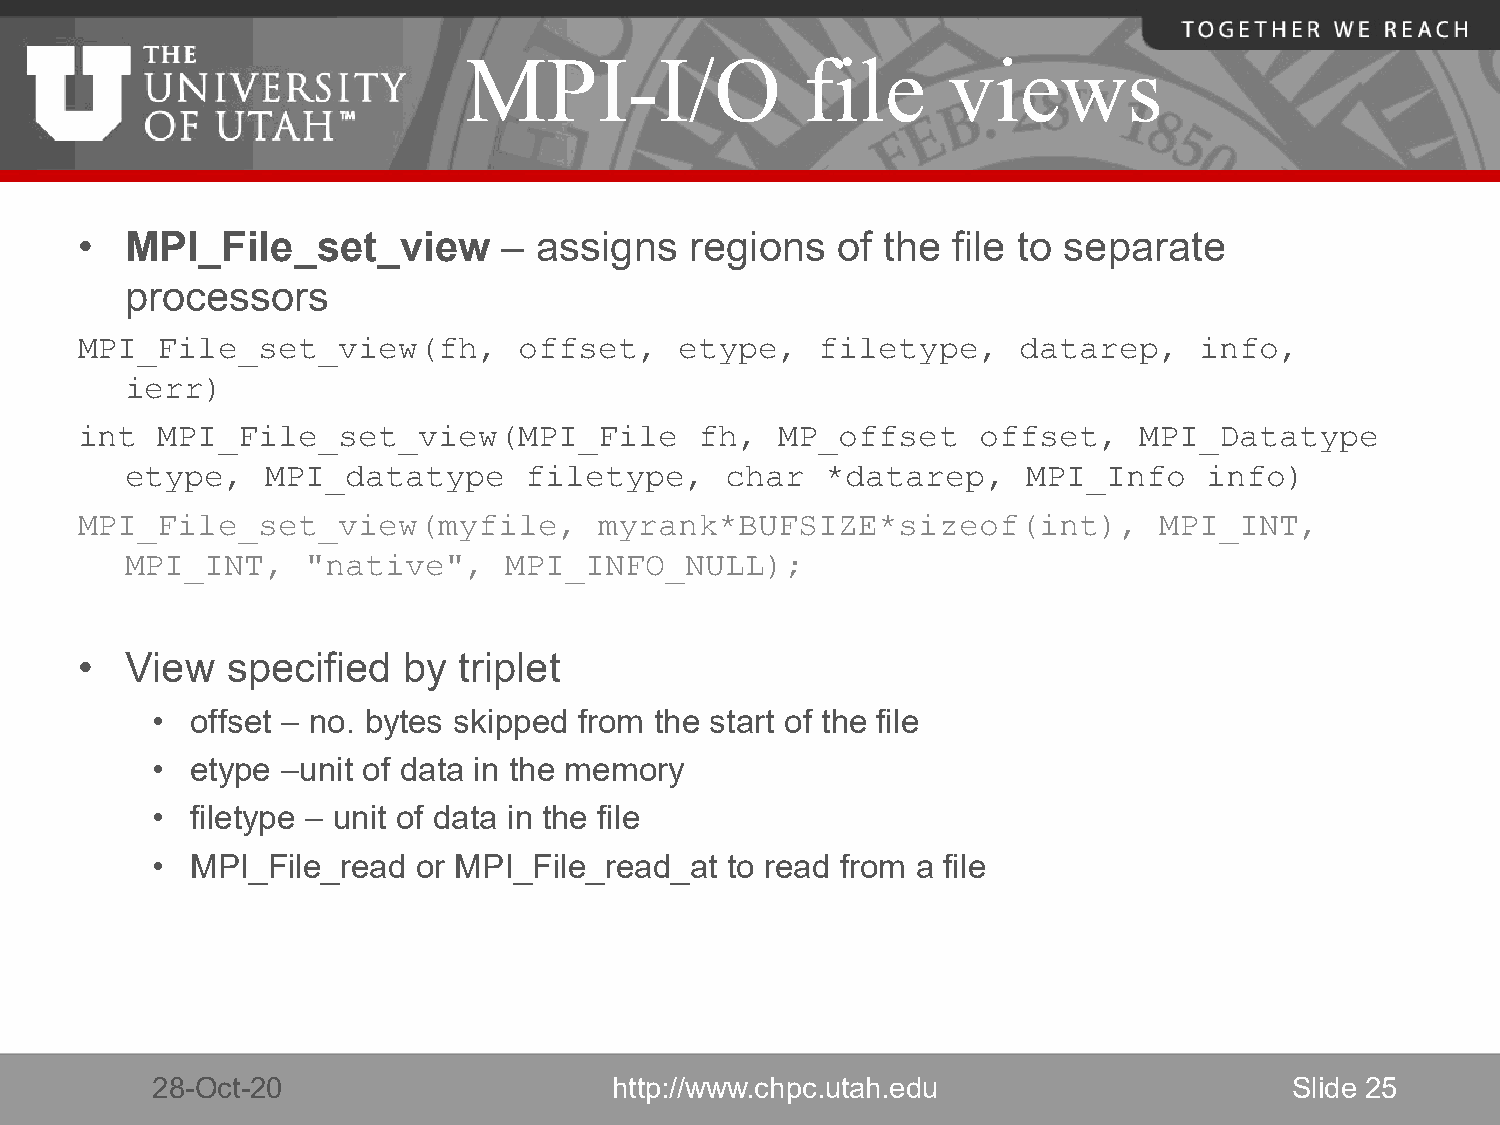
MPI-I/O               file      views
 •  MPI_File_set_view        – assigns    regions  of the  file to separate
 processors
 MPI_File_set_view(fh,        offset,    etype,   filetype,    datarep,    info,
 ierr)
 int  MPI_File_set_view(MPI_File          fh,   MP_offset    offset,   MPI_Datatype
 etype,    MPI_datatype     filetype,    char   *datarep,    MPI_Info    info)
 MPI_File_set_view(myfile,          myrank*BUFSIZE*sizeof(int),          MPI_INT,
 MPI_INT,    "native",    MPI_INFO_NULL);
 •  View   specified   by triplet
 •  offset – no. bytes skipped from the start of the file
 •  etype –unit of data in the memory
 •  filetype – unit of data in the file
 •  MPI_File_read  or MPI_File_read_at to read from a file
 28-Oct-20                      http://www.chpc.utah.edu                     Slide 25